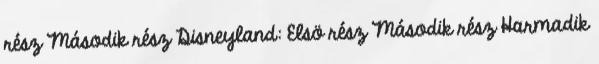
rész Második rész Disneyland: Elsö rész Második rész Harmadik